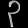
Digit: ၃